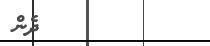
٤٥         ދެން